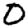
Digit: 0